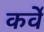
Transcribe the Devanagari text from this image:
कर्वेे